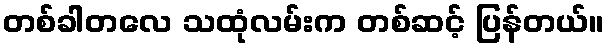
တစ်ခါတလေ သထုံလမ်းက တစ်ဆင့် ပြန်တယ်။